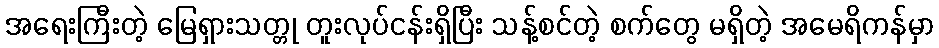
အရေးကြီးတဲ့ မြေရှားသတ္တု တူးလုပ်ငန်းရှိပြီး သန့်စင်တဲ့ စက်တွေ မရှိတဲ့ အမေရိကန်မှာ